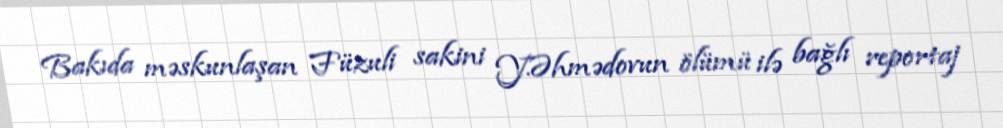
Bakıda məskunlaşan Füzuli sakini Y.Əhmədovun ölümü ilə bağlı reportaj